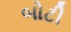
બોટી